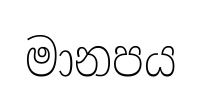
මානපය